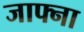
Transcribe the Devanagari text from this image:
जाफ्ना